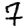
Digit: 7